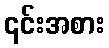
၎င်းအစား